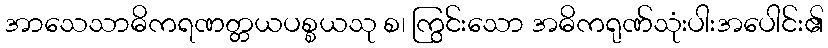
အာသေသာဓိကရဏတ္တယပစ္စယသု စ၊ ကြွင်းသော အဓိကရုဏ်သုံးပါးအပေါင်း၏